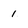
Character: 1